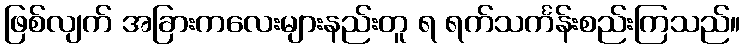
ဖြစ်လျက် အခြားကလေးများနည်းတူ ရ ရက်သင်္ကန်းစည်းကြသည်။